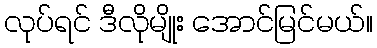
လုပ်ရင် ဒီလိုမျိုး အောင်မြင်မယ်။